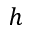
h